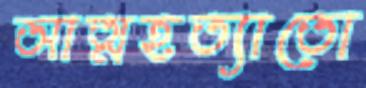
আত্মহত্যাতো